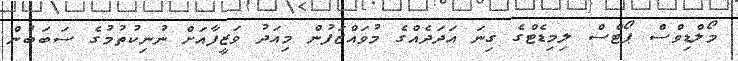
މޯލްޑިވްސް ޕޯޓްސް ލިމިޑެޓްގެ ގިނަ އަދަދެއްގެ މުވައްޒަފުން މިއަދު ވަޒީފާއަށް ނުނިކުތުމުގެ ސަބަބުން